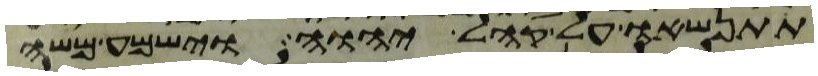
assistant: תתנשאו על קהל יהוה וישמע משה